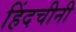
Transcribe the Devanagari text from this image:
हिंदचीनी